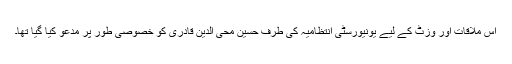
اس ملاقات اور وزٹ کے لیے یونیورسٹی انتظامیہ کی طرف حسین محی الدین قادری کو خصوصی طور پر مدعو کیا گیا تھا۔